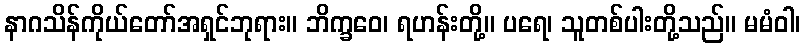
နာဂသိန်ကိုယ်တော်အရှင်ဘုရား။ ဘိက္ခဝေ၊ ရဟန်းတို့။ ပရေ၊ သူတစ်ပါးတို့သည်။ မမံဝါ၊